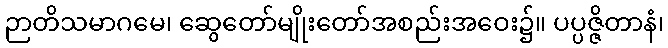
ဉာတိသမာဂမေ၊ ဆွေတော်မျိုးတော်အစည်းအဝေး၌။ ပပ္ပဇ္ဇိတာနံ၊